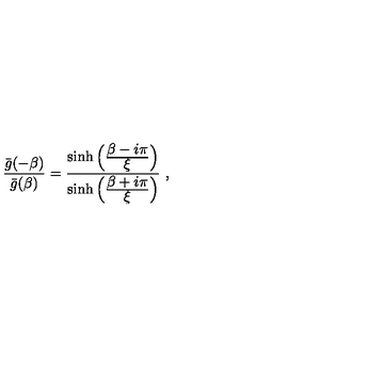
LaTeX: { \frac { { \bar { g } } ( - \beta ) } { { \bar { g } } ( \beta ) } } = { \frac { \sinh \left( { \frac { \displaystyle \beta - i \pi } { \displaystyle \xi } } \right) } { \sinh \left( { \frac { \displaystyle \beta + i \pi } { \displaystyle \xi } } \right) } } \ ,